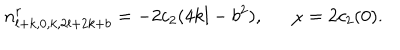
n _ { l + k , 0 , k , 2 l + 2 k + b } ^ { r } = - 2 c _ { 2 } ( 4 k l - b ^ { 2 } ) , \ \ \chi = 2 c _ { 2 } ( 0 ) .